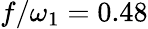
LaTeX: f/\omega_{1}=0.48